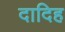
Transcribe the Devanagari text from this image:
दादिह